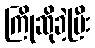
ကြိုဆိုခဲ့ပြီး